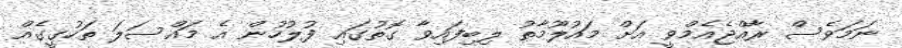
ނަމަވެސް ރާއްޖެއެމްވީ އަށް މައުލޫމާތު ލިބިފައިވާ ގޮތުގައި ފުލުހުން އެ މައްސަލަ ތަހުގީގެއް